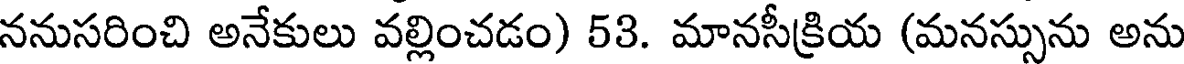
ననుసరించి అనేకులు వల్లించడం) 53. మానసీక్రియ (మనస్సును అను